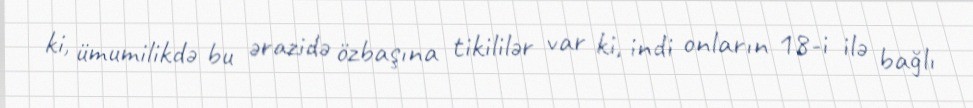
ki, ümumilikdə bu ərazidə özbaşına tikililər var ki, indi onların 18-i ilə bağlı